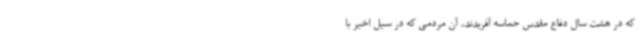
که در هشت سال دفاع مقدس حماسه آفریدند، آن مردمی که در سیل اخیر با